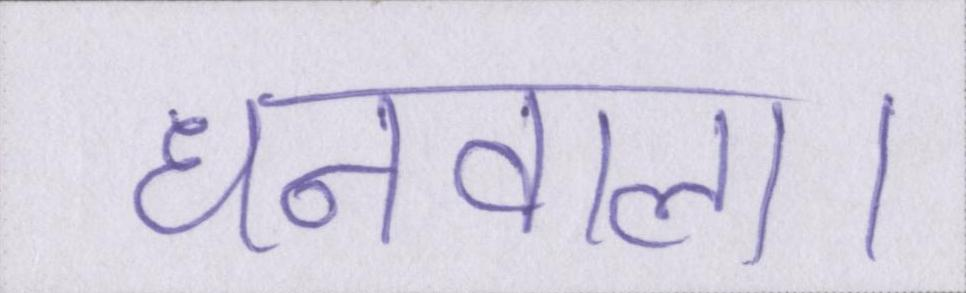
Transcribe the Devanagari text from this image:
धनवाला।